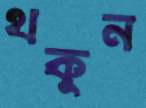
থকুন